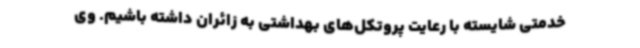
خدمتی شایسته با رعایت پروتکل‌های بهداشتی به زائران داشته باشیم. وی